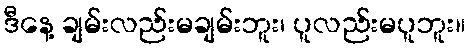
ဒီနေ့ ချမ်းလည်းမချမ်းဘူး၊ ပူလည်းမပူဘူး။